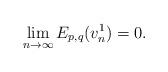
LaTeX: \begin{align*}\lim\limits_{n\rightarrow\infty}E_{p,q}(v_{n}^{1})=0.\end{align*}